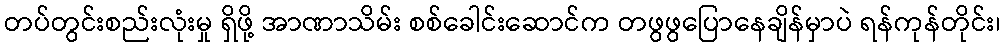
တပ်တွင်းစည်းလုံးမှု ရှိဖို့ အာဏာသိမ်း စစ်ခေါင်းဆောင်က တဖွဖွပြောနေချိန်မှာပဲ ရန်ကုန်တိုင်း၊